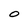
Character: O